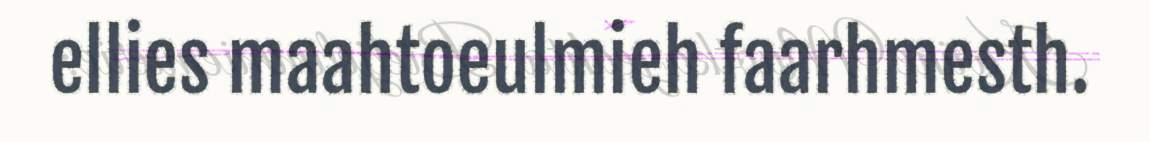
ellies maahtoeulmieh faarhmesth.